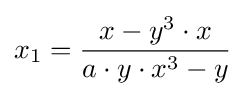
x_{1}={\frac {x-y^{3}\cdot x}{a\cdot y\cdot x^{3}-y}}